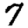
Digit: 7